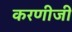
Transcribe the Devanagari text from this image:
करणीजी